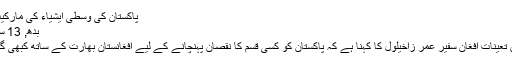
پاکستان کی وسطی ایشیاء کی مارکیٹ میں اہم حثیت کا…
بدھ, 13 ستمبر 2017 00:00
اسلام آباد: پاکستان میں تعینات افغان سفیر عمر زاخیلول کا کہنا ہے کہ پاکستان کو کسی قسم کا نقصان پہنچانے کے لیے افغانستان بھارت کے ساتھ کبھی گٹھ جوڑ نہیں کرے گا۔